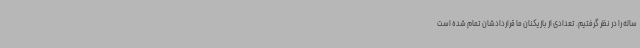
ساله را در نظر گرفتیم. تعدادی از بازیکنان ما قراردادشان تمام شده است